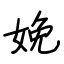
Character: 娩